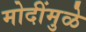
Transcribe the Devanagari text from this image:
मोदींमुळे